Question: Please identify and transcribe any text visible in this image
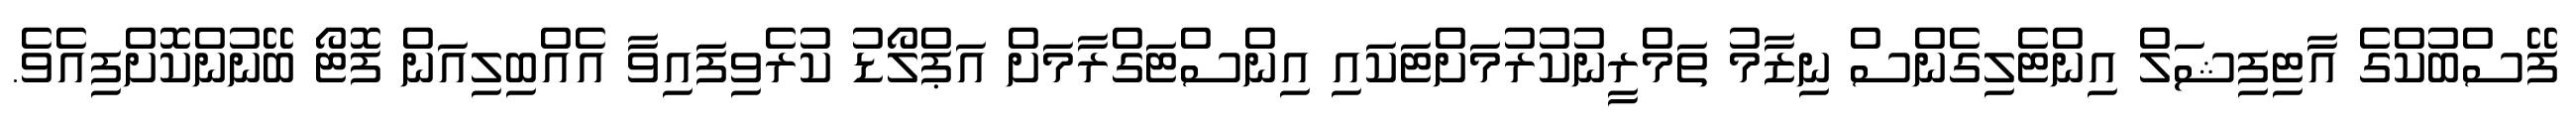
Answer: ފޭސްބުކްގެ އާޓިފިޝަލް އިންޓެލިގެންސް ނިޒާމު ތަމްރީނުކުރުމަށްޓަކައި އިންސްޓަގްރާމަށް އަޕްލޯޑު ކުރެވިފައިވާ އެއްބިލިއަން ފޮޓޯ ބޭނުންކޮށްފިއެވެ.